Regulations for the medical services of the Army of India
Year: 1930
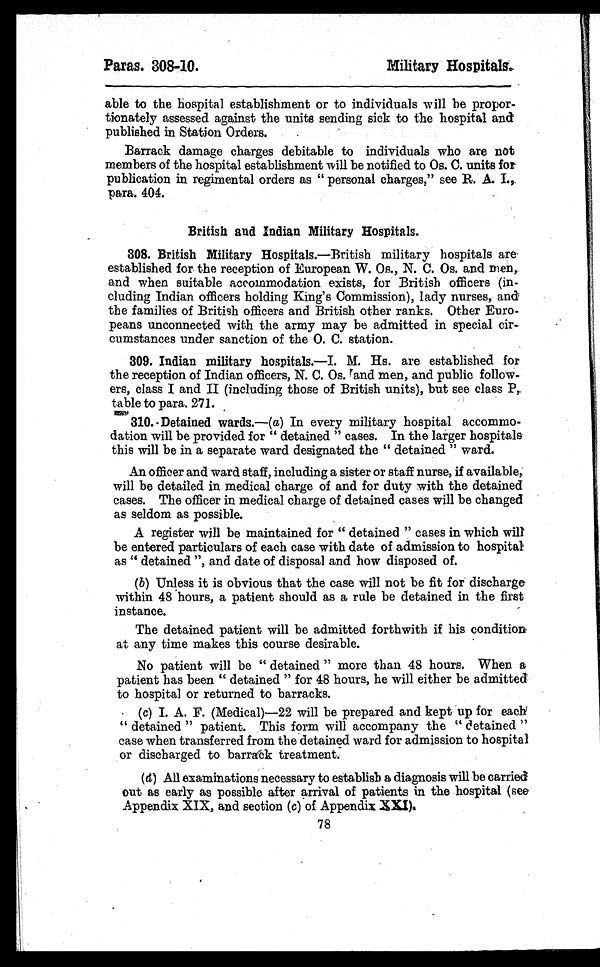
Paras. 308-10.
Military Hospitals.
able to the hospital establishment or to individuals will he propor--
tionately assessed against the units sending sick to the hospital and
published in Station Orders.
Barrack damage charges debitable to individuals who are not
members of the hospital establishment will be notified to Os. C. units for
publication in regimental orders as "personal charges," see R. A. I.,
para. 404.
British and Indian Military Hospitals.
3 0 8 . B r i t i s h M i l i t a r y H o s p i t a l s .—
B r i t i s h m i l i t a r y h o s p i t a l s a r e
established for the reception of European W. Os., N. C. Os. and men,
and when suitable accommodation exists, for British officers (in--
cluding Indian officers holding King's Commission), lady nurses, and
the families of British officers and British other ranks. Other Euro-
-peans unconnected with the army may be admitted in special cir--
cumstances under sanction of the O. C. station.
3 0 9 . I n d i a n m i l i t a r y h o s p i t a l s .—
I . M . H s . a r e e s t a b l i s h e d f o r
the reception of Indian officers, N. C. Os. and men, and public follow-
ers, class I and II (including those of British units), but see class P,
table to para. 271.
310. Detained wards.—(a) In every military hospital accommo--
dation will be provided for "detained" cases. In the larger hospitals
this will be in a separate ward designated the "detained" ward.
An officer and ward staff, including a sister or staff nurse, if available,
will be detailed in medical charge of and for duty with the detained
cases. The officer in medical charge of detained cases will be changed
as seldom as possible.
A register will be maintained for "detained" cases in which will
be entered particulars of each case with date of admission to hospital
as "detained", and date of disposal and how disposed of.
(b) Unless it is obvious that the case will not be fit for discharge
within 48 hours, a patient should as a rule be detained in the first
instance.
The detained patient will be admitted forthwith if his condition
at any time makes this course desirable.
No patient will be "detained" more than 48 hours. When a
patient has been "detained" for 48 hours, he will either be admitted
to hospital or returned to barracks.
(c) I. A. F. (Medical)—22 will be prepared and kept up for each
"detained" patient. This form will accompany the "detained"
case when transferred from the detained ward for admission to hospital
or discharged to barrack treatment.
(d) All examinations necessary to establish a diagnosis will be carried
out as early as possible after arrival of patients in the hospital (see
Appendix XIX, and section (c) of Appendix XXI).
78